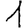
Digit: 1